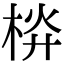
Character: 𣒁